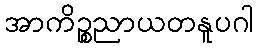
အာကိဉ္စညာယတနူပဂါ